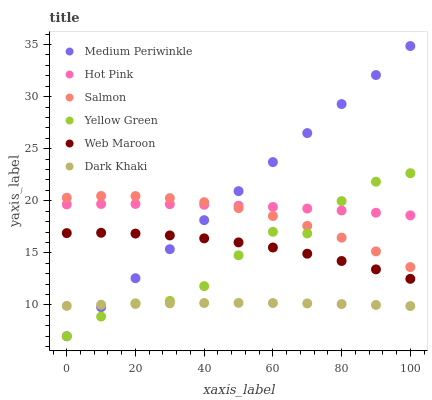
| xaxis_label | Medium Periwinkle | Hot Pink | Salmon | Yellow Green | Web Maroon | Dark Khaki |
 | --- | --- | --- | --- | --- | --- | --- |
 | 0 | 7 | 19.7 | 20.3 | 7 | 16.9 | 9.92 |
 | 10 | 9.79 | 19.7 | 20.5 | 8.89 | 16.9 | 10 |
 | 20 | 12.6 | 19.7 | 20.5 | 10.2 | 16.9 | 10.1 |
 | 30 | 15.4 | 19.7 | 20.3 | 10.4 | 16.7 | 10.2 |
 | 40 | 18.1 | 19.6 | 19.9 | 11.8 | 16.4 | 10.2 |
 | 50 | 20.9 | 19.5 | 19.3 | 14.8 | 16 | 10.2 |
 | 60 | 23.7 | 19.4 | 18.5 | 17 | 15.5 | 10.2 |
 | 70 | 26.5 | 19.3 | 17.6 | 16.9 | 14.9 | 10.2 |
 | 80 | 29.3 | 19.1 | 16.5 | 20 | 14.2 | 10.1 |
 | 90 | 32.1 | 18.9 | 15.1 | 21.8 | 13.4 | 10 |
 | 100 | 34.9 | 18.6 | 13.6 | 22.7 | 12.5 | 9.9 |